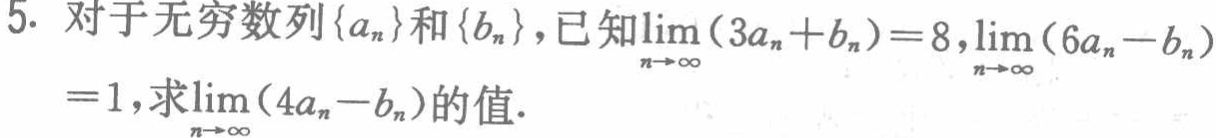
5. 对于无穷数列\(\{a_{n}\}\)和\(\{b_{n}\}\)，已知\(\lim\limits_{n\rightarrow\infty}(3a_{n}+b_{n}) = 8\)，\(\lim\limits_{n\rightarrow\infty}(6a_{n}-b_{n}) = 1\)，求\(\lim\limits_{n\rightarrow\infty}(4a_{n}-b_{n})\)的值.